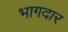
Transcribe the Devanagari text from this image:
भागदार